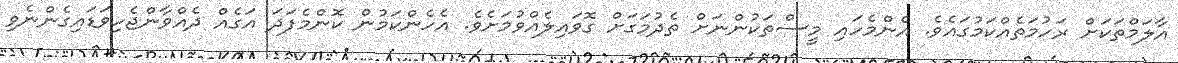
އާލަމްތަކަށް ރަހުމަތެއްކަމުގައެވެ. އެންމެހައި މީސްތަކުންނަށް ތެދުމަގަށް ގޮވައިލެއްވުމަށެވެ. އެހެންކަމުން ކޮންމެފަދަ އަގެއް ދެއްވާންޖެހިވަޑައިގެންނެވި